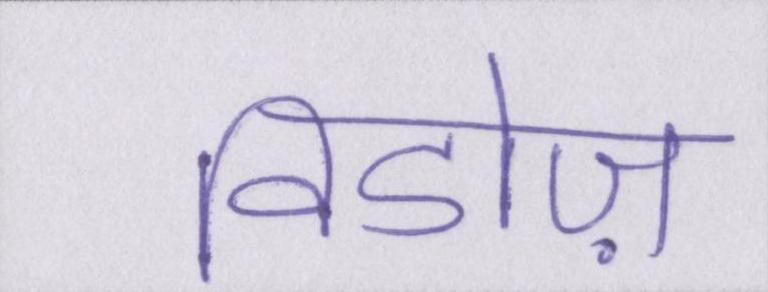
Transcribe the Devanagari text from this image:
विडोज़